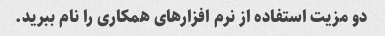
دو مزیت استفاده از نرم افزارهای همکاری را نام ببرید.